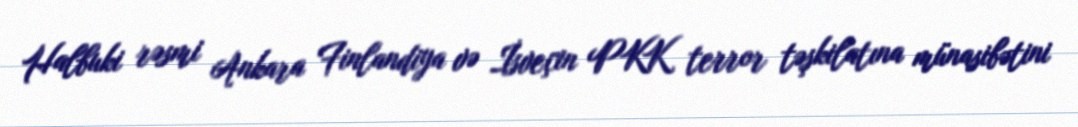
Halbuki rəsmi Ankara Finlandiya və İsveçin PKK terror təşkilatına münasibətini